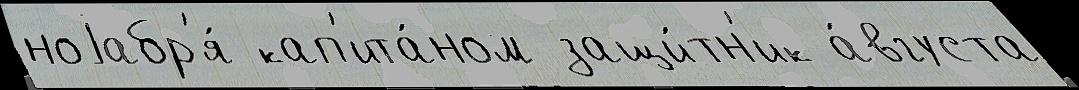
ноjабр'я́ кап'ита́ном защи́тн'ик а́вгуста